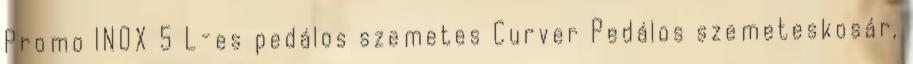
Promo INOX 5 L-es pedálos szemetes Curver Pedálos szemeteskosár,